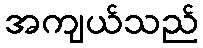
အကျယ်သည်